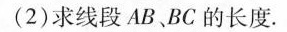
(2)求线段AB、BC的长度